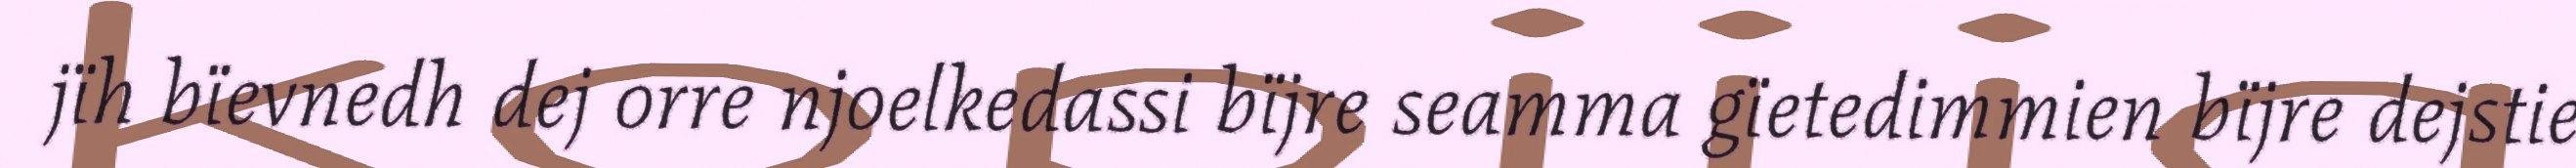
jïh bïevnedh dej orre njoelkedassi bïjre seamma gïetedimmien bïjre dejstie